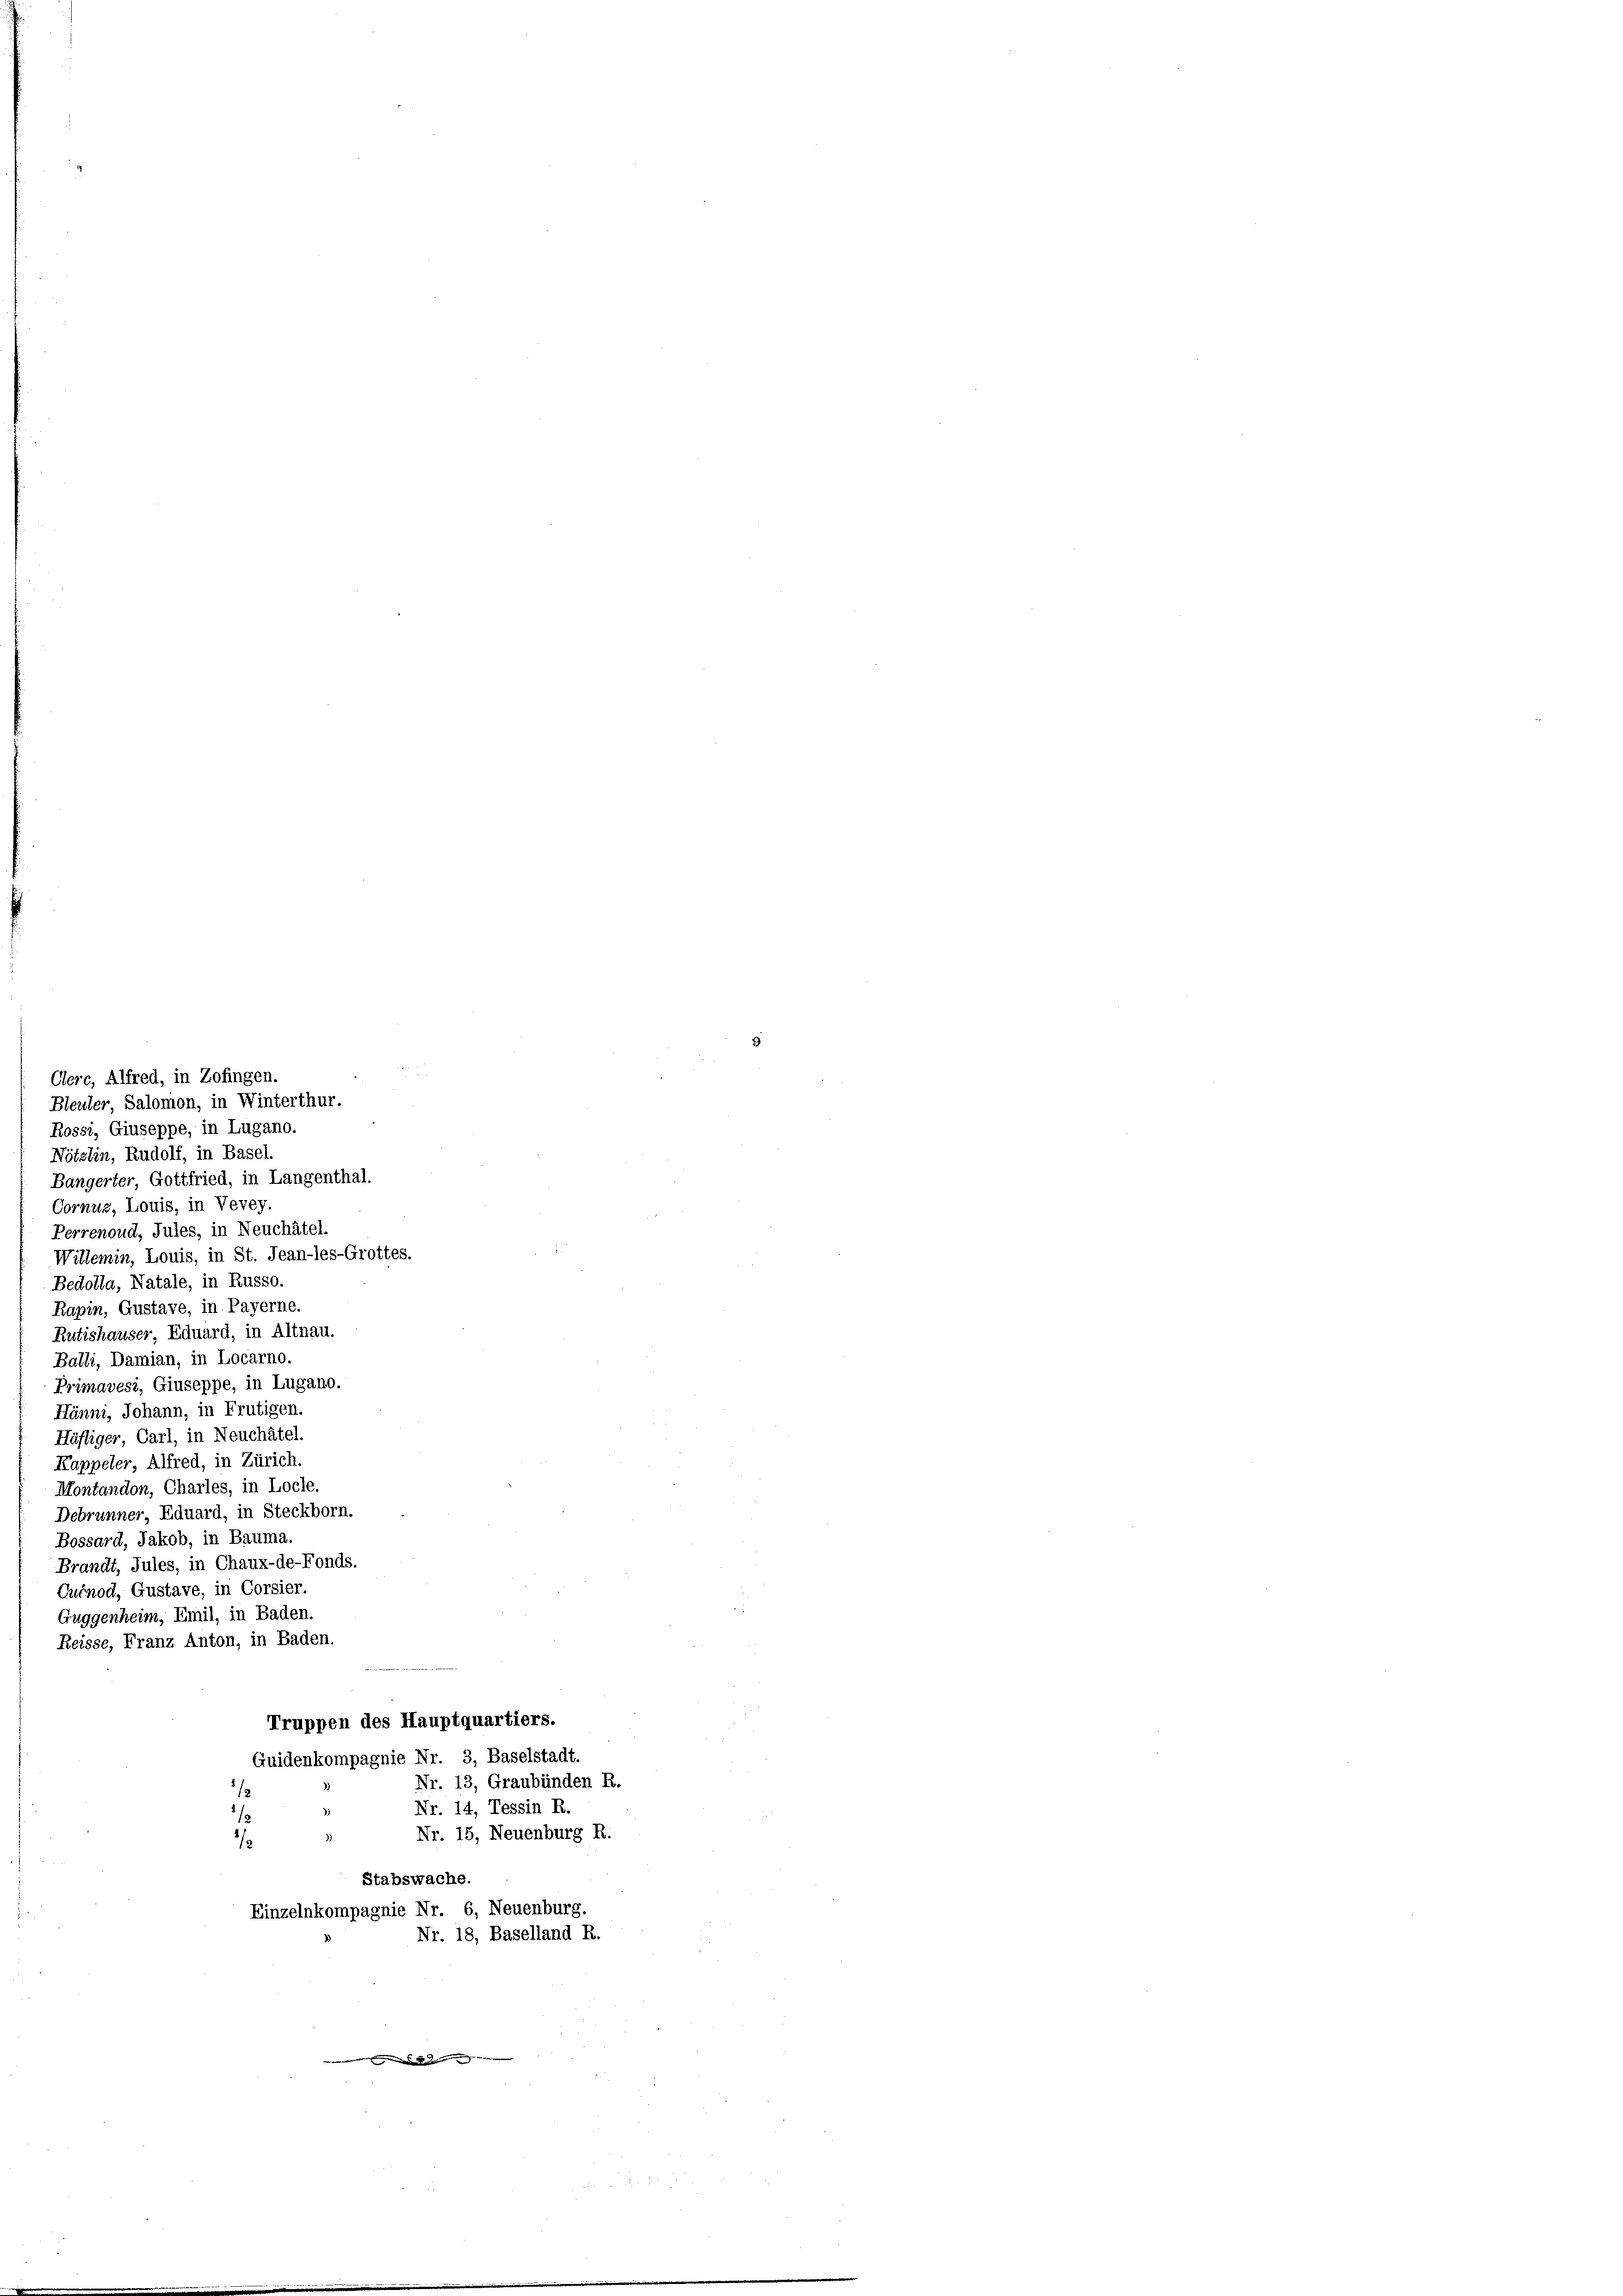
Cornus, Louis, in Vevey.
Perrenoud, Jules, in Neuchâtel
Willemin, Louis, in St. Jean-les-Grottes
Bedolla, Natale, in Russo.
Rapin, Gustave, in Payerne.
Rutishauser Eduard, in Altnau.
Balli, Damian, in Locarno.
Primavesz, Giuseppe, in Lugano.
Hänni, Johann, in Frutigen.
Häfliger Carl, in Neuchâtel
Kappeler Alfred, in Zürich.
Montandon, Charles, in Locle.
Debrunner, Eduard, in Steckborn.
Bossard, Jakob, in Bauma.
Brandt, Jules, in Chaux-de-Fonds.
Curnod, Gustave, in Corsier.
Guggenheim, Emil, in Baden
Reisse, Franz Anton, in Baden.
8
Truppen des Hauptquartiers.
Guidenkompagnie Nr. 3, Baselstadt.
Nr. 13, Graubünden R.
18
Nr. 14, Tessin R.
1/
Nr. 15, Neuenburg R.
)
1/
Stabswache.
Einzelnkompagnie Nr. 6, Neuenburg,
Nr. 18, Baselland R.

Cerc, Alfred, in Zofingen.
Bleuter Salomon, in Winterthur.
Rossi, Giuseppe, in Lugano.
Nötzlin, Rudolf, in Basel-
Bangerter Gottfried, in Langenthal.